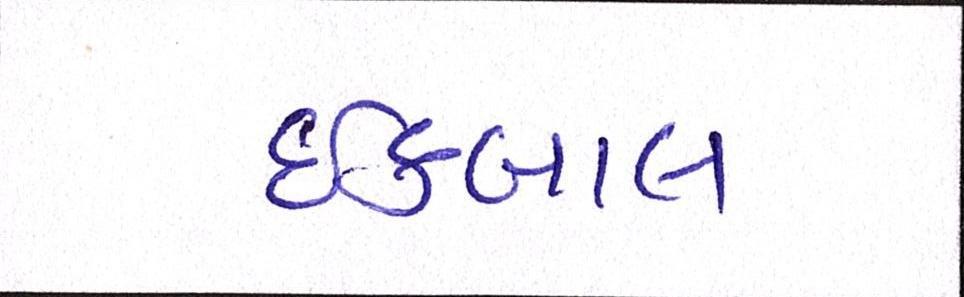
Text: ઈકબાલ